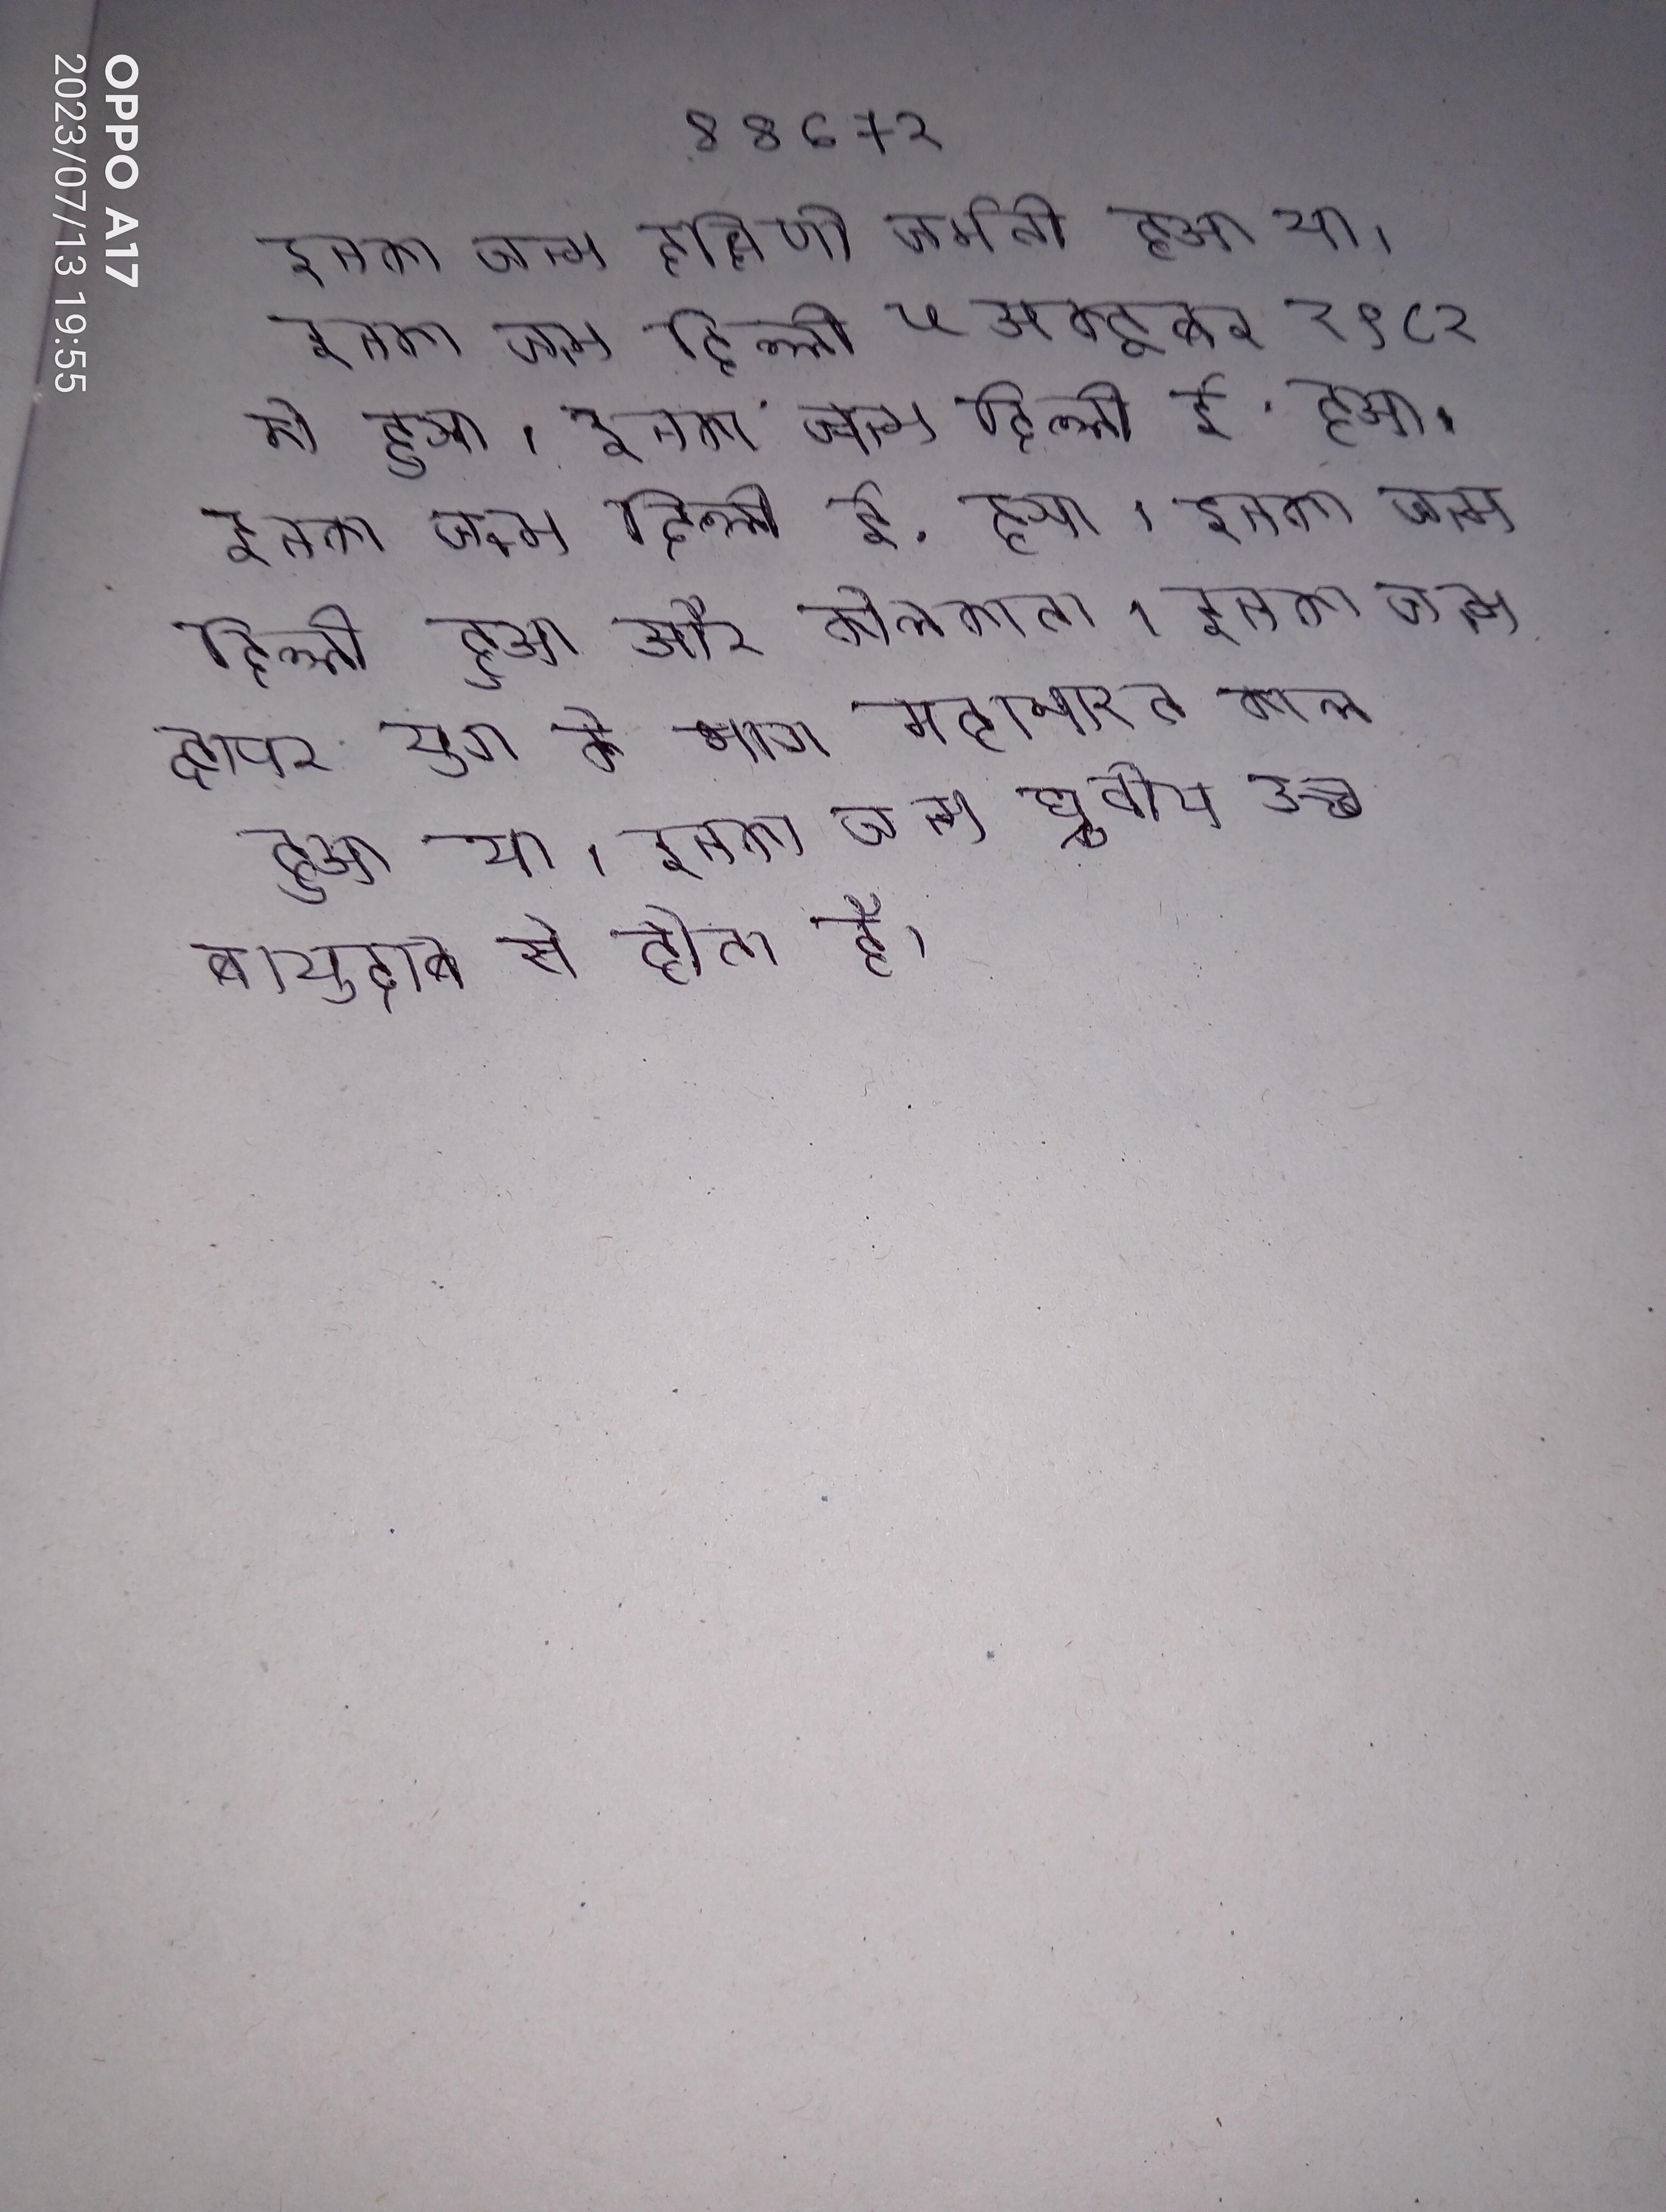
इनका जन्म दक्षिणी जर्मनी हुआ था । इनका जन्म दिल्ली ५ अक्टूबर १९८२ को हुआ । इनका जन्म दिल्ली ई. हुआ । इनका जन्म दिल्ली हुआ और कोलकाता । इनका जन्म द्वापर युग के भाग महाभारत काल हुआ था । इनका जन्म ध्रुवीय उच्च वायुदाब से होता है ।